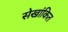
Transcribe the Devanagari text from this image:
सेखांकित